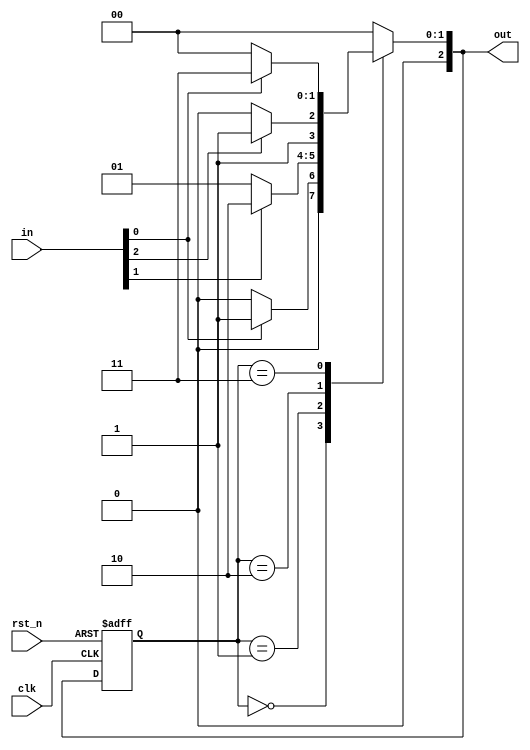
module Nbit_Mealy_FSM #(parameter N = 3,          // Number of bits for state representation
                        parameter STATE_COUNT = 4 // Number of states
                       ) (
    input  wire clk,              // Clock signal
    input  wire rst_n,            // Active low reset
    input  wire [N-1:0] in,       // N-bit input
    output reg  [N-1:0] out       // N-bit output
);

// State Encoding (binary or one-hot can be used, here we use binary)
localparam S0 = 3'b000; // State 0
localparam S1 = 3'b001; // State 1
localparam S2 = 3'b010; // State 2
localparam S3 = 3'b011; // State 3

reg [N-1:0] state, next_state; // Current and next state registers

// State Transition Logic
always @(*) begin
    case (state)
        S0: begin
            if (in[0]) begin // Example condition for transition
                next_state = S1;
                out = 3'b001; // Output for S0
            end else begin
                next_state = S0;
                out = 3'b000; // Output for S0
            end
        end
        S1: begin
            if (in[1]) begin
                next_state = S2;
                out = 3'b010; // Output for S1
            end else begin
                next_state = S1;
                out = 3'b001; // Output for S1
            end
        end
        S2: begin
            if (in[2]) begin
                next_state = S3;
                out = 3'b011; // Output for S2
            end else begin
                next_state = S2;
                out = 3'b010; // Output for S2
            end
        end
        S3: begin
            if (!in[0]) begin
                next_state = S0;
                out = 3'b000; // Output for S3
            end else begin
                next_state = S3;
                out = 3'b011; // Output for S3
            end
        end
        default: begin
            next_state = S0; // Default to initial state
            out = 3'b000;    // Default output
        end
    endcase
end

// State Register - Sequential Logic
always @(posedge clk or negedge rst_n) begin
    if (!rst_n) begin
        state <= S0; // Reset to initial state
    end else begin
        state <= next_state; // Update to next state
    end
end

endmodule